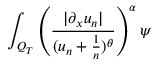
\int _ { Q _ { T } } \left( \frac { | \partial _ { x } u _ { n } | } { ( u _ { n } + \frac { 1 } { n } ) ^ { \theta } } \right) ^ { \alpha } \psi